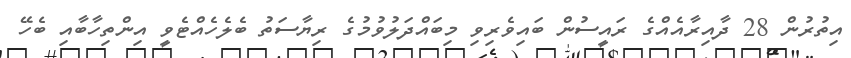
އިތުރުން 28 ދާއިރާއެއްގެ ރައީސުން ބައިވެރިވި މިބައްދަލުވުމުގެ ރިޔާސަތު ބެލެހެއްޓެވީ އިންތިހާބާއި ބެހޭ